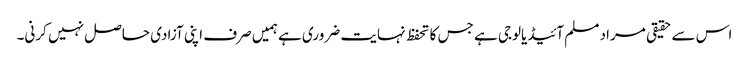
اس سے حقیقی مراد مسلم آئیڈیالوجی ہے جس کا تحفظ نہایت ضروری ہے ہمیں صرف اپنی آزادی حاصل نہیں کرنی۔